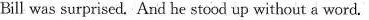
Bill was surprised. And he stood up without a word.